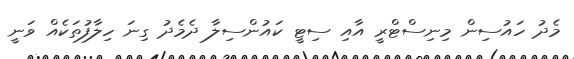
މެދު ހައުސިން މިނިސްޓްރީ އާއި ސިޓީ ކައުންސިލާ ދެމެދު ގިނަ ހިލާފުތަކެއް ވަނީ